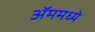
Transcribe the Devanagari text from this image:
ॲममध्ये